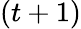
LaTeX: (t+1)